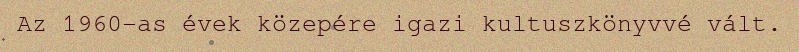
Az 1960-as évek közepére igazi kultuszkönyvvé vált.